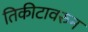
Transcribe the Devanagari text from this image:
तिकीटावरुन